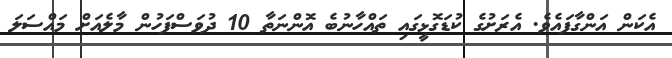
އެކަން އަންގާފައެވެ. އެރަށުގެ ކުޑަގޮޅީގައި ތައްހާނުބެ އޮންނަތާ 10 ދުވަސްފަހުން މާލެއަށް މައްސަލަ